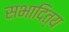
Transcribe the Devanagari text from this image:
सभादित्य